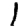
Digit: 1